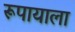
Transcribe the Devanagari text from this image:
रूपायाला